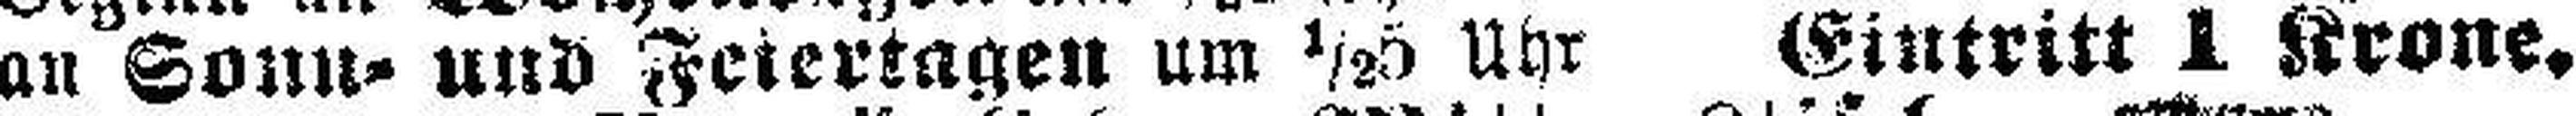
an Sonn- und Feiertagen um ½5 Uhr Eintritt 1 Krone.